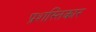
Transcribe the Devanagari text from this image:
प्रशस्तिकार